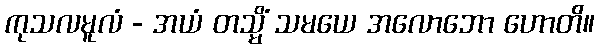
ကုသလမူလံ - အယံ တသ္မိံ သမယေ အလောဘော ဟောတိ။